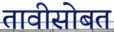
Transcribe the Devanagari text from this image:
तावीसोबत